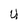
Character: U